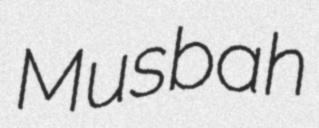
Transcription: Musbah